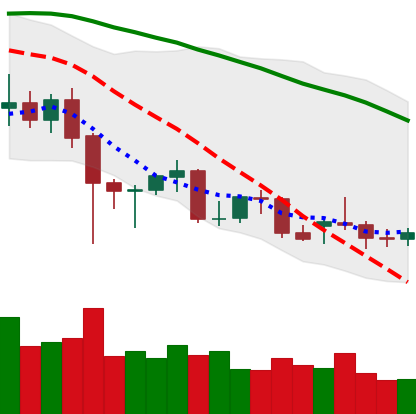
Ticker: XMR-USD
Chart end date: 2021-12-19
Forward return: 11.101%
Label: up_7plus